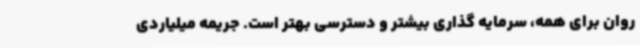
روان برای همه، سرمایه گذاری بیشتر و دسترسی بهتر است. جریمه میلیاردی